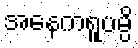
အနေကရူပမ္ပိ